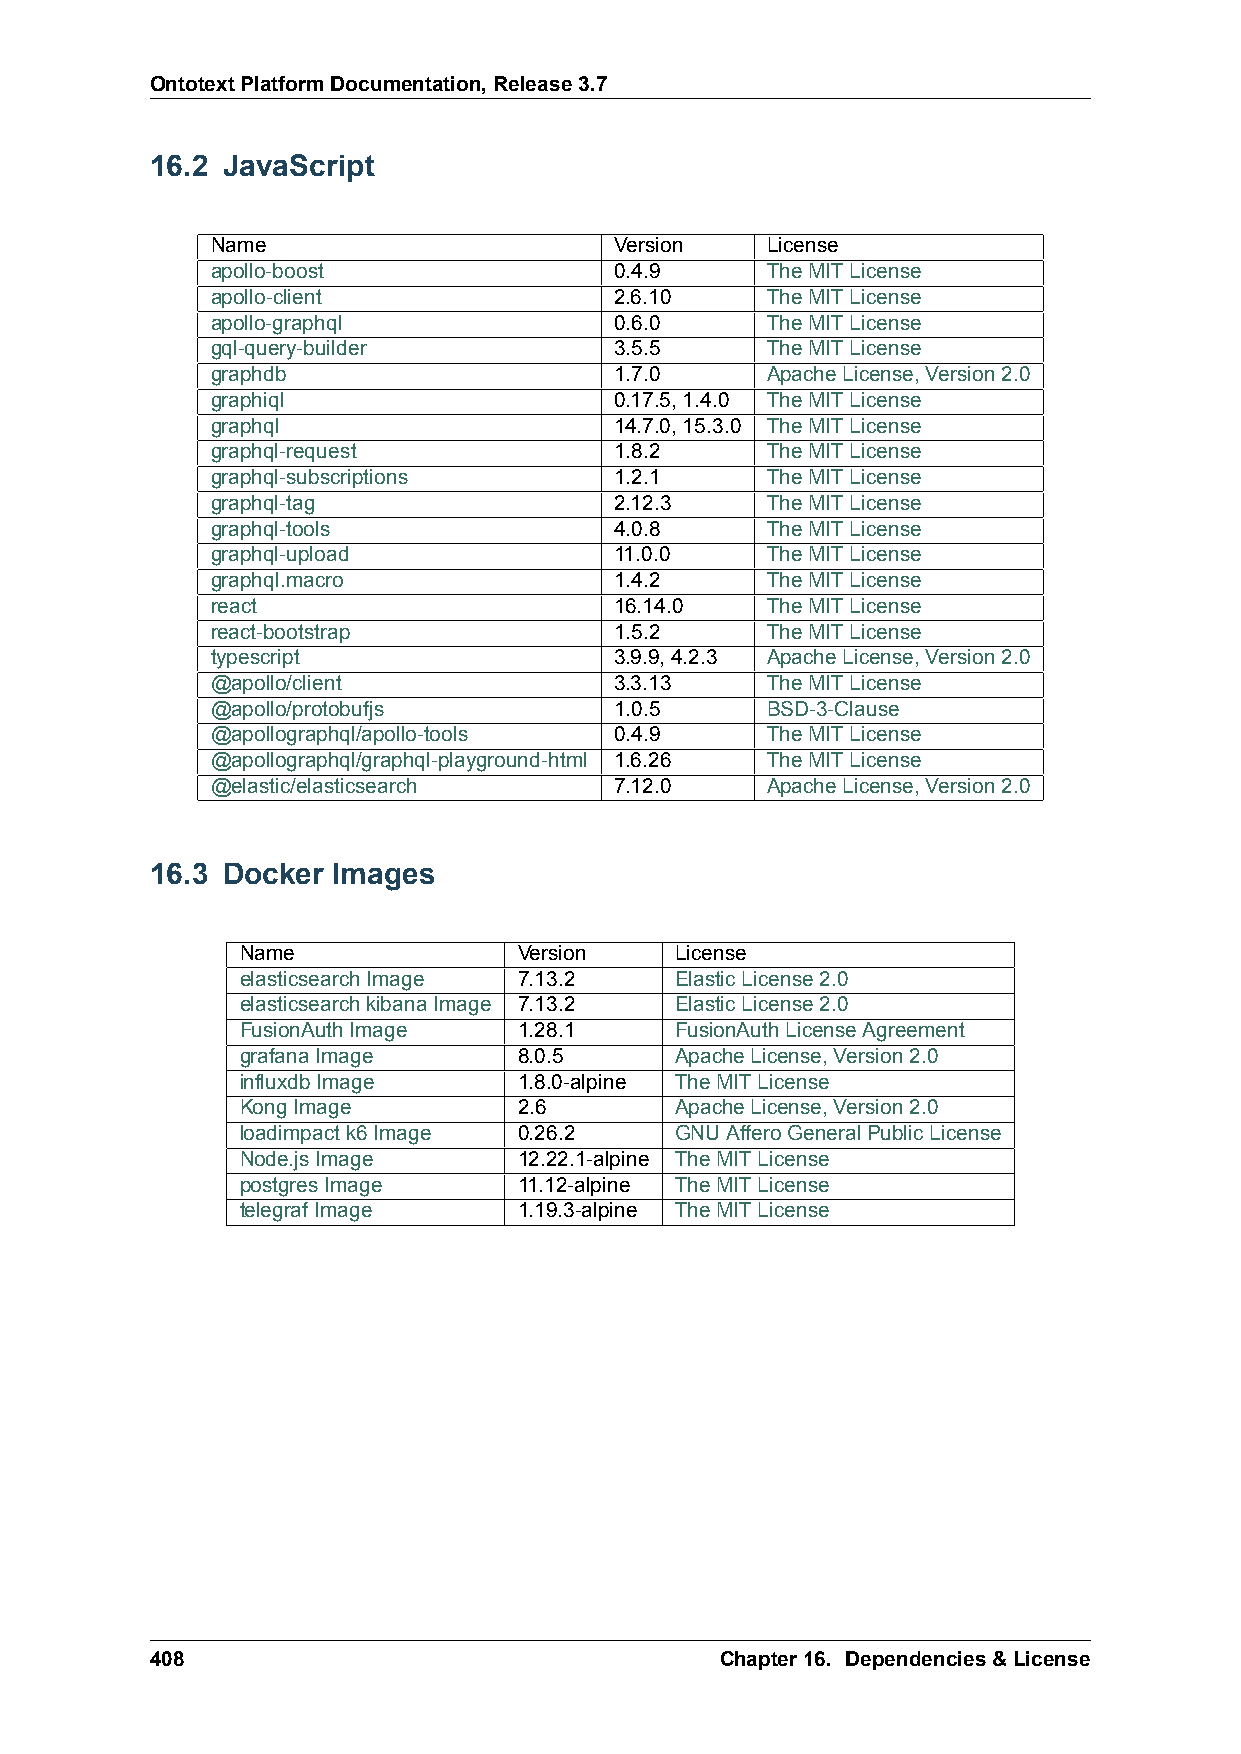
OntotextPlatformDocumentation,Release3.7
 16.2 JavaScript
 Name                       Version   License
 apollo-boost               0.4.9     TheMITLicense
 apollo-client              2.6.10    TheMITLicense
 apollo-graphql             0.6.0     TheMITLicense
 gql-query-builder          3.5.5     TheMITLicense
 graphdb                    1.7.0     ApacheLicense,Version2.0
 graphiql                   0.17.5,1.4.0 TheMITLicense
 graphql                    14.7.0,15.3.0 TheMITLicense
 graphql-request            1.8.2     TheMITLicense
 graphql-subscriptions      1.2.1     TheMITLicense
 graphql-tag                2.12.3    TheMITLicense
 graphql-tools              4.0.8     TheMITLicense
 graphql-upload             11.0.0    TheMITLicense
 graphql.macro              1.4.2     TheMITLicense
 react                      16.14.0   TheMITLicense
 react-bootstrap            1.5.2     TheMITLicense
 typescript                 3.9.9,4.2.3 ApacheLicense,Version2.0
 @apollo/client             3.3.13    TheMITLicense
 @apollo/protobufjs         1.0.5     BSD-3-Clause
 @apollographql/apollo-tools 0.4.9    TheMITLicense
 @apollographql/graphql-playground-html 1.6.26 TheMITLicense
 @elastic/elasticsearch     7.12.0    ApacheLicense,Version2.0
 16.3 Docker Images
 Name              Version    License
 elasticsearchImage 7.13.2    ElasticLicense2.0
 elasticsearchkibanaImage 7.13.2 ElasticLicense2.0
 FusionAuthImage   1.28.1     FusionAuthLicenseAgreement
 grafanaImage      8.0.5      ApacheLicense,Version2.0
 influxdbImage     1.8.0-alpine TheMITLicense
 KongImage         2.6        ApacheLicense,Version2.0
 loadimpactk6Image 0.26.2     GNUAfferoGeneralPublicLicense
 Node.jsImage      12.22.1-alpine TheMITLicense
 postgresImage     11.12-alpine TheMITLicense
 telegrafImage     1.19.3-alpine TheMITLicense
 408                                   Chapter16. Dependencies&License